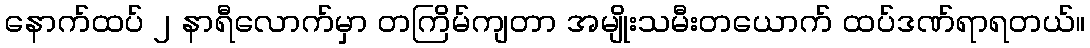
နောက်ထပ် ၂ နာရီလောက်မှာ တကြိမ်ကျတာ အမျိုးသမီးတယောက် ထပ်ဒဏ်ရာရတယ်။